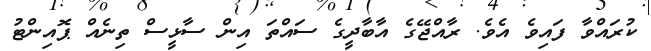
ކުރައްވާ ފައިވެ އެވެ. ރާއްޖޭގެ އާބާދީގެ ސައްތަ އިން ސާޅީސް ތިނެއް ޕޮއިންޓު